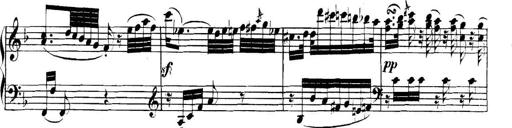
Title: Collected Piano Sonatas
Composer: Muzio Clementi